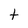
Character: t